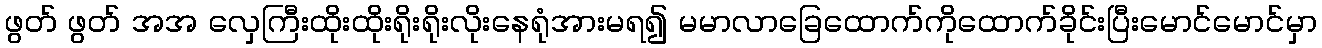
ဖွတ် ဖွတ် အအ လှေကြီးထိုးထိုးရိုးရိုးလိုးနေရုံအားမရ၍ မမာလာခြေထောက်ကိုထောက်ခိုင်းပြီးမောင်မောင်မှာ